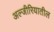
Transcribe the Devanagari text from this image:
अल्जीरियातील